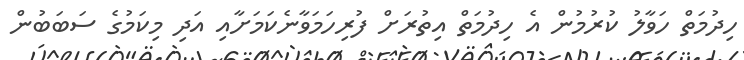
ހިދުމަތް ހަވާލު ކުރުމުން އެ ހިދުމަތް އިތުރަށް ފުރިހަމަވާނެކަމަށާއި އަދި މިކަމުގެ ސަބަބުން